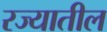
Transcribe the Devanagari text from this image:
रज्यातील